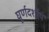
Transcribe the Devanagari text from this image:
घूर्णदर्शीय